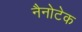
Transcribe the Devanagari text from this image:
नैनोटेक